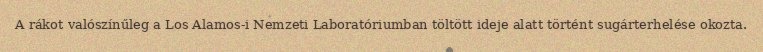
A rákot valószínűleg a Los Alamos-i Nemzeti Laboratóriumban töltött ideje alatt történt sugárterhelése okozta.